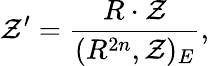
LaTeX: {\cal\mathcal{Z}}^{\prime}=\frac{{R\cdot{\cal\mathcal{Z}}}}{{(R^{2n},{\cal\mathcal{Z}})_{E}}},